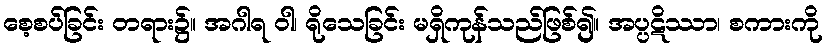
စေ့စပ်ခြင်း တရား၌။ အဂါရ ဝါ၊ ရိုသေခြင်း မရှိကုန်သည်ဖြစ်၍။ အပ္ပဋိဿာ၊ စကားကို